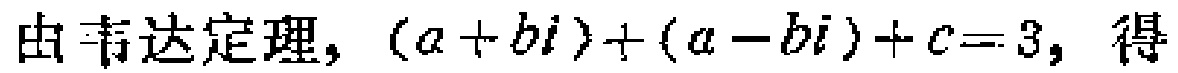
由韦达定理, \((a + bi)+(a - bi)+c = 3\), 得